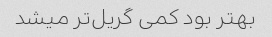
بهتر بود کمی گریل‌تر میشد